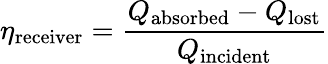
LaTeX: \eta_{\mathrm{receiver}}={\frac{Q_{\mathrm{absorbed}}-Q_{\mathrm{lost}}}{Q_{\mathrm{incident}}}}